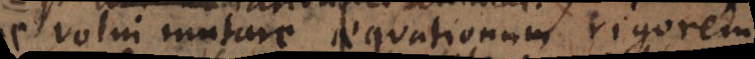
c volui mutare aequationum rigorem